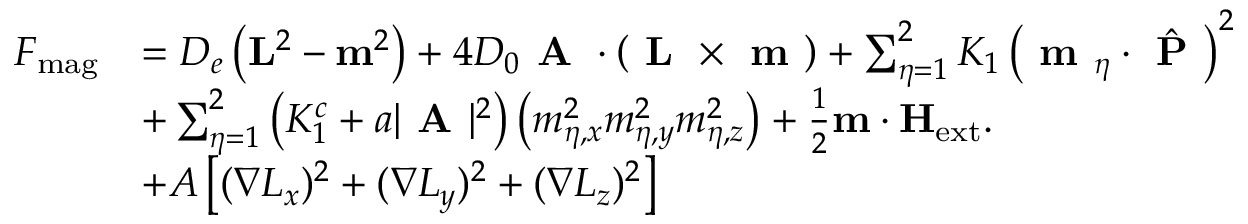
\begin{array} { r l } { F _ { \mathrm { m a g } } } & { = D _ { e } \left( \mathbf { L } ^ { 2 } - \mathbf { m } ^ { 2 } \right) + 4 D _ { 0 } \textbf { A } \cdot \left( \textbf { L } \times \textbf { m } \right) + \sum _ { \eta = 1 } ^ { 2 } K _ { 1 } \left( \textbf { m } _ { \eta } \cdot \hat { \textbf { P } } \right) ^ { 2 } } \\ & { + \sum _ { \eta = 1 } ^ { 2 } \left( K _ { 1 } ^ { c } + a | \textbf { A } | ^ { 2 } \right) \left( m _ { \eta , x } ^ { 2 } m _ { \eta , y } ^ { 2 } m _ { \eta , z } ^ { 2 } \right) + \frac { 1 } { 2 } \mathbf { m } \cdot \mathbf { H } _ { \mathrm { e x t } } . } \\ & { + A \left[ ( \nabla L _ { x } ) ^ { 2 } + ( \nabla L _ { y } ) ^ { 2 } + ( \nabla L _ { z } ) ^ { 2 } \right] } \end{array}